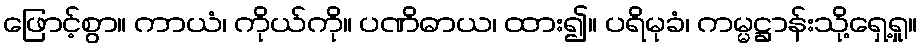
ဖြောင့်စွာ။ ကာယံ၊ ကိုယ်ကို။ ပဏိဓာယ၊ ထား၍။ ပရိမုခံ၊ ကမ္မဋ္ဌာန်းသို့ရှေ့ရှု။